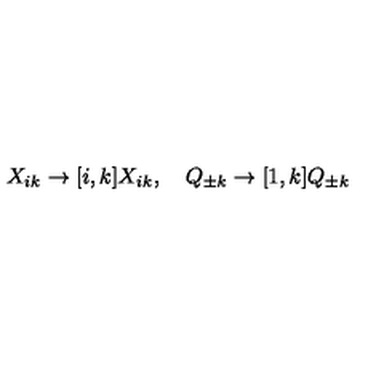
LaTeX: X _ { i k } \to [ i , k ] X _ { i k } , \quad Q _ { \pm k } \to [ 1 , k ] Q _ { \pm k }